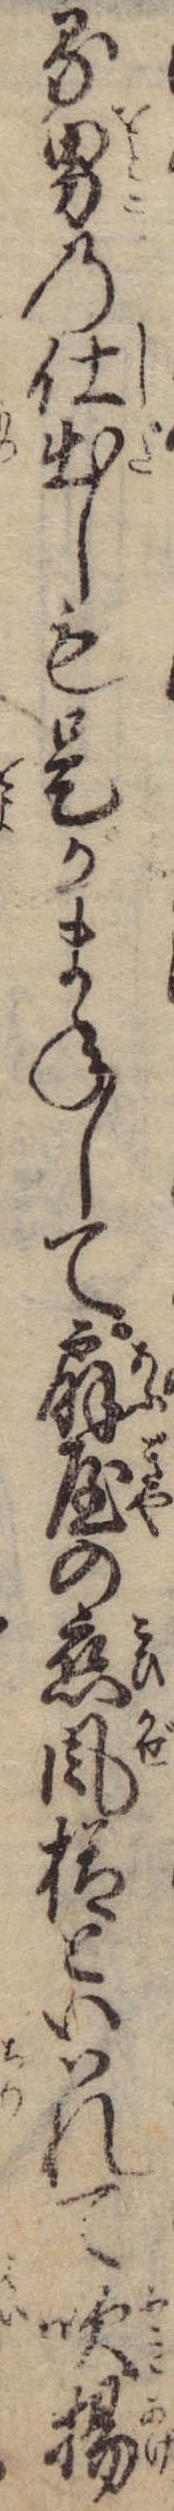
る男の仕出しも是がまねして扇屋の恋風様といはれて吹揚